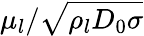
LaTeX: \mu_{l}/\sqrt{\rho_{l}D_{0}\sigma}